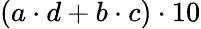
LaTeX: (a\cdot d+b\cdot c)\cdot 10